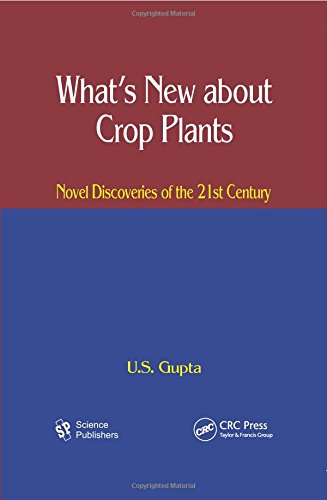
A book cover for What's New About Crop Plants: Novel Discoveries of the 21st Century; U. S. Gupta; Health, Fitness & Dieting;